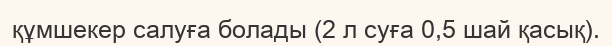
құмшекер салуға болады (2 л суға 0,5 шай қасық).